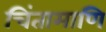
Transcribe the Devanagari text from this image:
चिंतामाणि